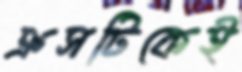
ক্রসটিকেই